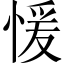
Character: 愋